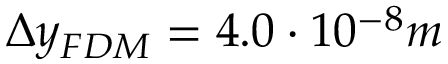
\Delta y _ { F D M } = 4 . 0 \cdot 1 0 ^ { - 8 } m